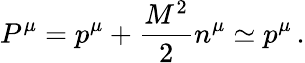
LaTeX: P^{\mu}=p^{\mu}+\frac{M^{2}}{2}n^{\mu}\simeq p^{\mu}\, .